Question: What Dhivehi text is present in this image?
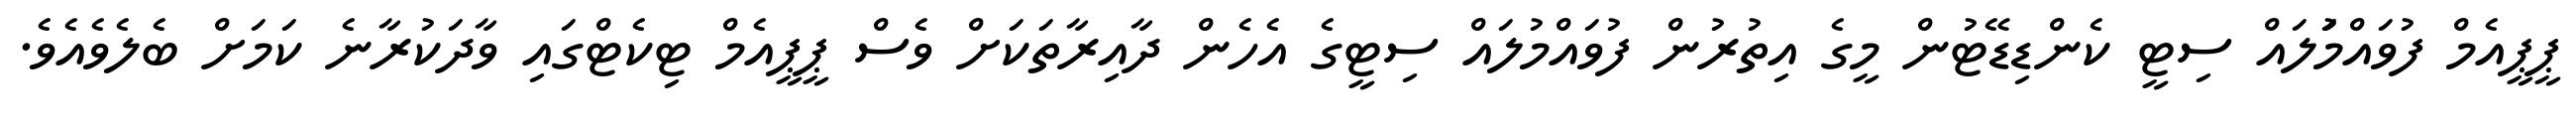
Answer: ޕީޕީއެމް ފުވައްމުަލައް ސިޓީ ކެންޑިޑޭޓުން މީގެ އިތުރުން ފުވައްމުލައް ސިޓީގެ އެހެން ދާއިރާތަކަށް ވެސް ޕީޕީއެމް ޓިކެޓްގައި ވާދަކުރާނެ ކަމަށް ބެލެވެއެވެ.